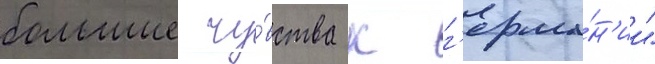
большие чу́вства к г'ерма́н'ии"